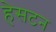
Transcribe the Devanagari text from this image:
हेसटन